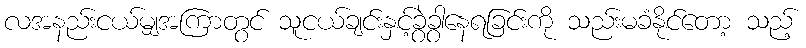
လအနည်းငယ်မျှအကြာတွင် သူငယ်ချင်းနှင့်ခွဲခွာနေရခြင်းကို သည်းမခံနိုင်တော့ သည့်